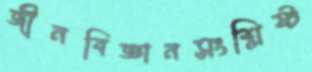
জীনবিজ্ঞানসংশ্লিষ্ট